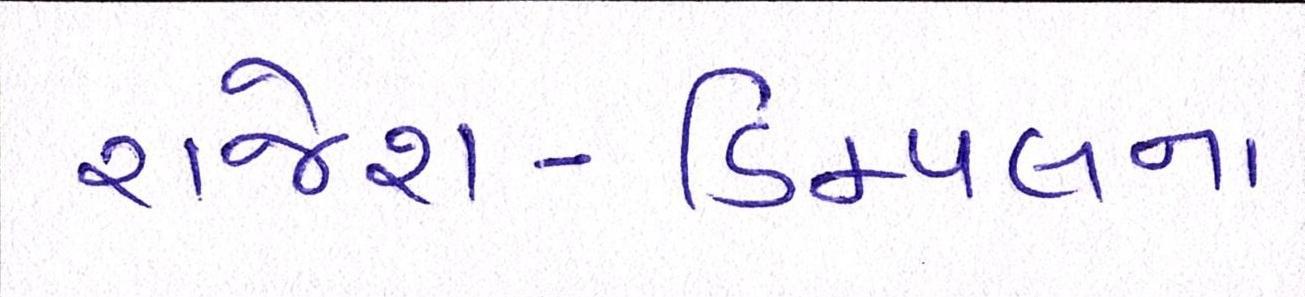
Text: રાજેશ-ડિમ્પલના